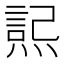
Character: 𭵮